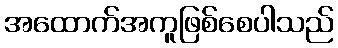
အထောက်အကူဖြစ်စေပါသည်